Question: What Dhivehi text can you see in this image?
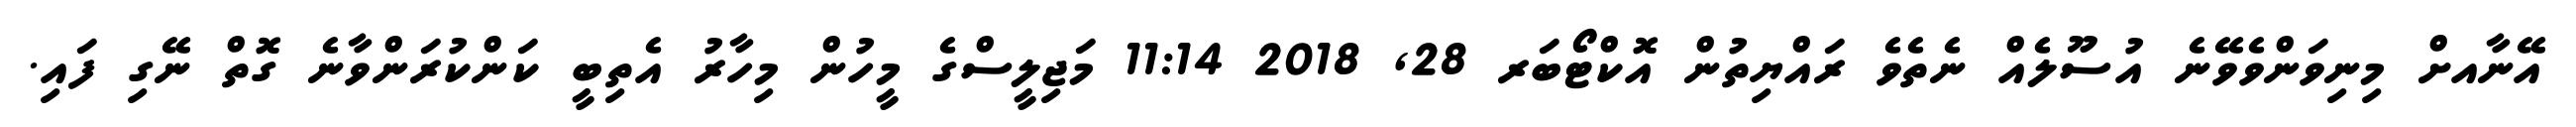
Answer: އޭނާއށް މިނިވަންވެވޭނެ އުސޫލެއް ނެތެވެ ރައްޔިތުން އޮކްޓޯބަރ 28, 2018 11:14 މަޖިލީސްގެ މީހުން މިހާރު އެތިބީ ކަންކުރަންވާނެ ގޮތް ނޭގި ފައި.